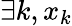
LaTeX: \exists k,x_{k}